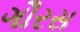
ગૌરસ